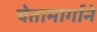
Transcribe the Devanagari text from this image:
चेतामार्गाने